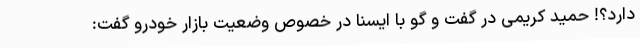
دارد؟! حمید کریمی در گفت و گو با ایسنا در خصوص وضعیت بازار خودرو گفت: